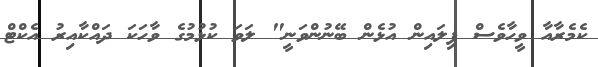
ކެމެރާއާ ވީހާވެސް ފިލައިން އުޅެން ބޭނުންވަނީ" ލަވަ ކުޅުމުގެ ވާހަކަ ދައްކާއިރު އެކްޓް